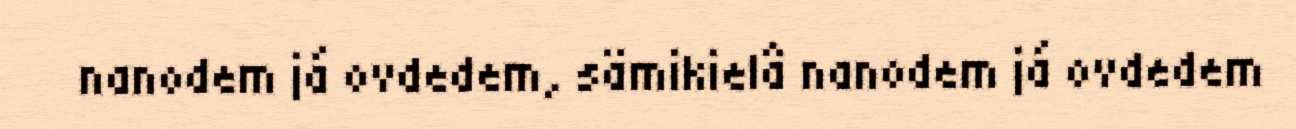
nanodem já ovdedem, sämikielâ nanodem já ovdedem